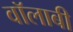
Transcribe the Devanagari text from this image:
वॉलाबी